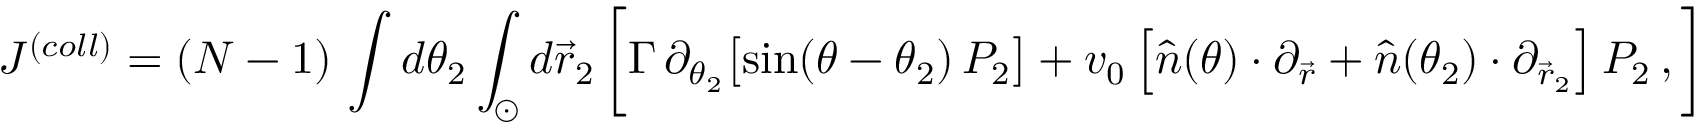
J ^ { ( c o l l ) } = ( N - 1 ) \, \int d \theta _ { 2 } \int _ { \odot } d \vec { r } _ { 2 } \, \bigg [ \Gamma \, \partial _ { \theta _ { 2 } } \big [ \mathrm { s i n } ( \theta - \theta _ { 2 } ) \, P _ { 2 } \big ] + v _ { 0 } \left[ \hat { n } ( \theta ) \cdot \partial _ { \vec { r } } + \hat { n } ( \theta _ { 2 } ) \cdot \partial _ { \vec { r } _ { 2 } } \right] P _ { 2 } \, , \bigg ]